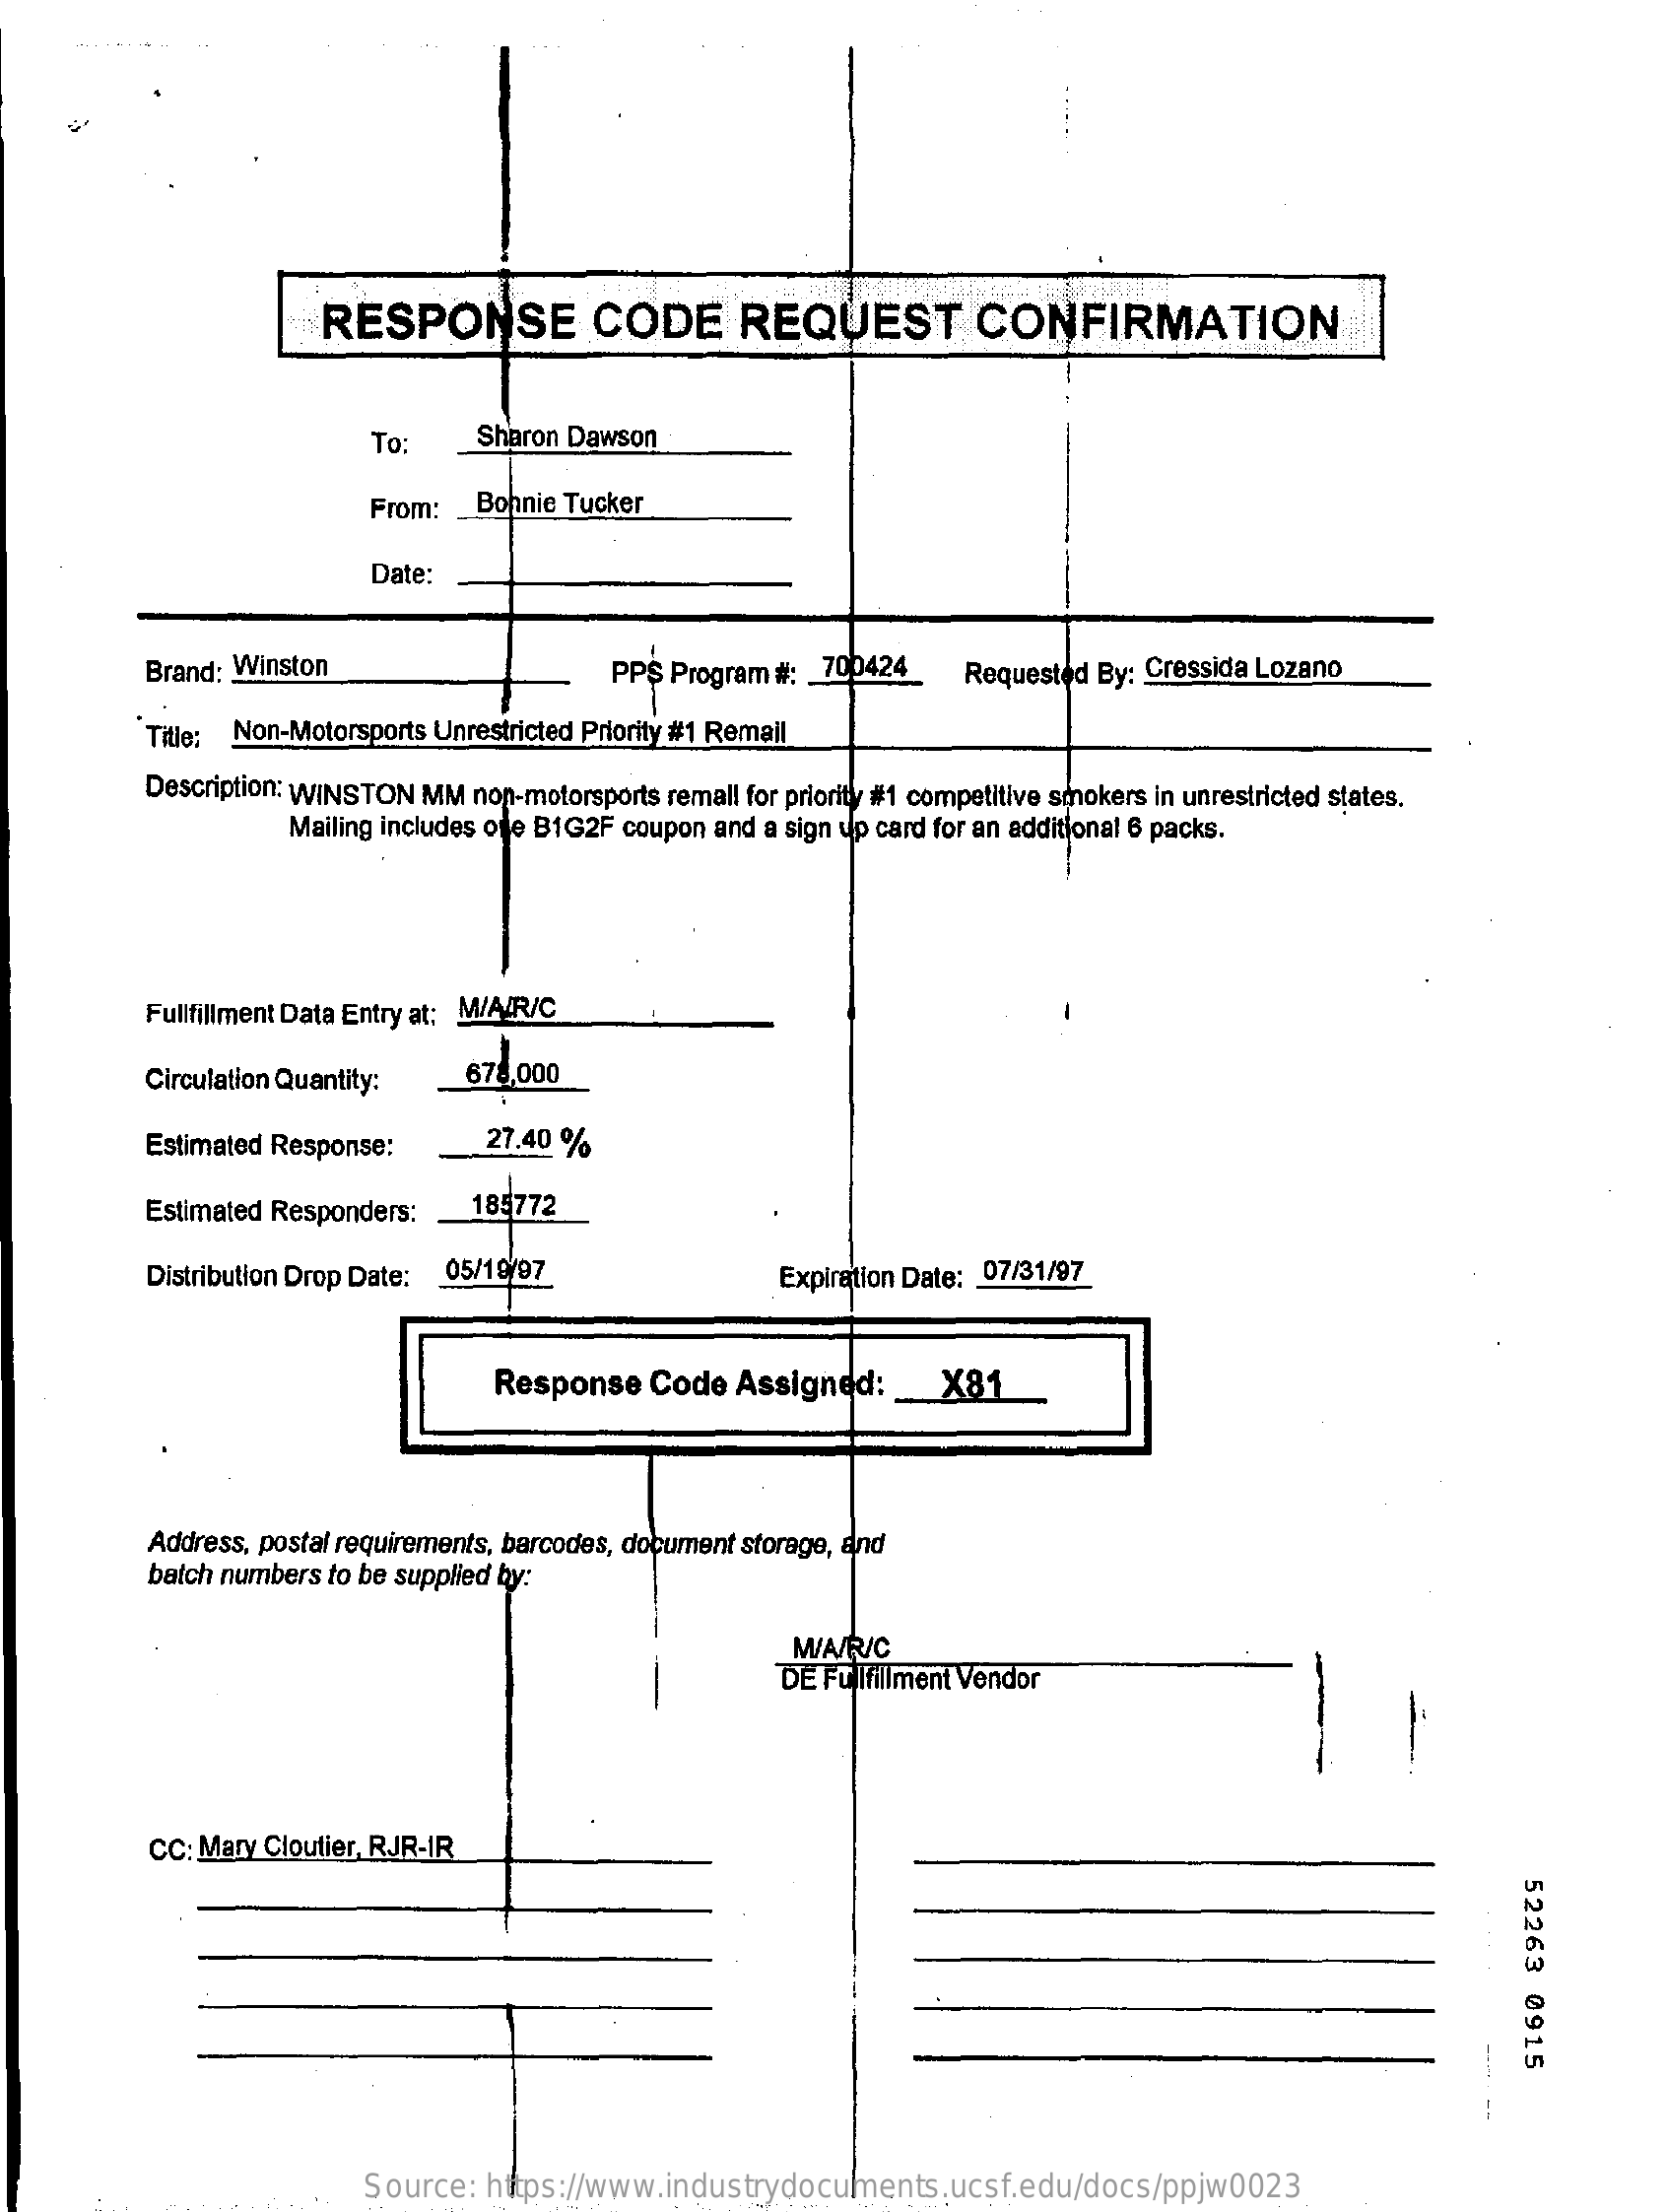
RESPONSE    CODE    REQUEST    CONFIRMATION
     To:    Sharon Dawson
     From: _ Bohnie Tucker
     Date:
     Brand: Winston    PPS Program #: 700424    Requested By: Cressida Lozano
     Title: Non-Motorsports Unrestricted Priority #1 Remail
     Description: WINSTON MM non-motorsports remall for priority #1 competitive smokers in unrestricted states.
     Mailing includes ofe B1G2F coupon and a sign up card for an additional 6 packs.
     Fullfillment Data Entry at; M/A/R/C
     Circulation Quantity:   678,000
     Estimated Response:    27.40 %
     Estimated Responders:    185772
     Distribution Drop Date: 05/19/97    Expiration Date: 07/31/97
     Response   Code   Assigned:   _  X81
     Address, postal requirements, barcodes, document storage, and
     batch numbers to be supplied by:
     M/A/R/C
     DE Fulfillment Vendor
     CC: Mary Cloutier, RJR-IR
     52263
     0915
     Source:  https://www.industrydocuments.ucsf.edu/docs/ppjw0023